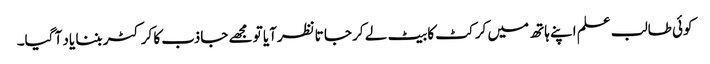
کوئی طالب علم اپنے ہاتھ میں کرکٹ کا بیٹ لے کر جا تانظرآیا تو مجھے جاذب کا کرکٹر بننا یاد آ گیا۔